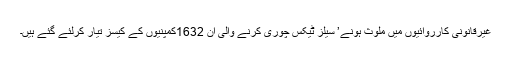
غیرقانونی کارروائیوں میں ملوث ہونے’ سیلز ٹیکس چوری کرنے والی ان 1632کمپنیوں کے کیسز تیار کرلئے گئے ہیں۔